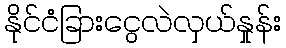
နိုင်ငံခြားငွေလဲလှယ်နှုန်း